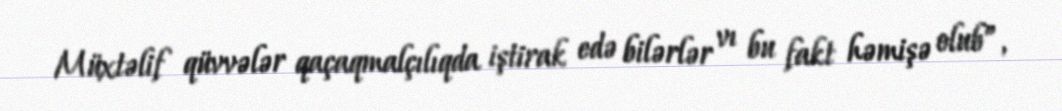
Müxtəlif qüvvələr qaçaqmalçılıqda iştirak edə bilərlər vı bu fakt həmişə olub”,